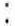
: